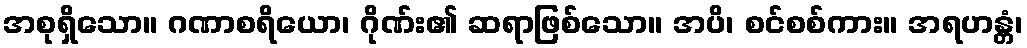
အစုရှိသော။ ဂဏာစရိယော၊ ဂိုဏ်း၏ ဆရာဖြစ်သော။ အပိ၊ စင်စစ်ကား။ အရဟန္တံ၊